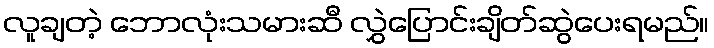
လူချတဲ့ ဘောလုံးသမားဆီ လွှဲပြောင်းချိတ်ဆွဲပေးရမည်။